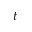
t